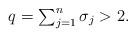
LaTeX: \begin{align*} \textstyle q= \sum_{j = 1}^n\sigma_j > 2. \end{align*}